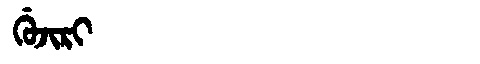
Manchu: ᡤᡠᠵᡳᡵᡳ
Romanization: GUJIRI